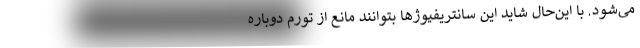
می‌شود. با این‌حال شاید این سانتریفیوژ‌ها بتوانند مانع از تورم دوباره